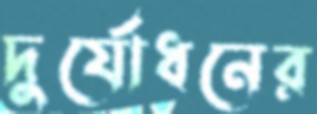
দুর্যোধনের